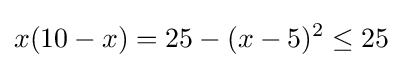
x(10-x)=25-(x-5)^{2}\leq 25